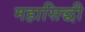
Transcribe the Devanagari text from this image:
महासिद्धी